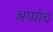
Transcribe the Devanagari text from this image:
अप्प्रोच